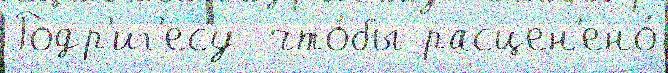
Родр'иг'есу  что́бы расцен'ено́